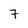
Character: 7